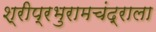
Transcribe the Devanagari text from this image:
श्रीप्रभुरामचंद्राला